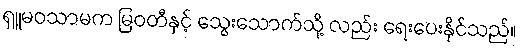
ရှူမဝသာမက မြဝတီနှင့် သွေးသောက်သို့ လည်း ရေးပေးနိုင်သည်။